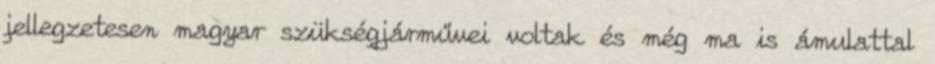
jellegzetesen magyar szükségjárművei voltak és még ma is ámulattal